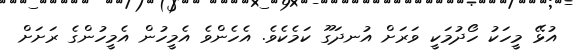
އުޅޭ މީހަކު ހޯދުމަކީ ވަރަށް އުނދަގޫ ކަމެކެވެ. އެހެންވެ އެމީހުން އެމީހުންގެ ރަށަށް